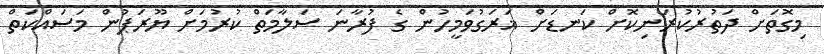
މިގޮތަށް ދަތުުރުކުރަނިކޮށް ކަނޑަށް ޣަރަގުވަމީހުން ގެ ފުރާނަ ސަލާމަތް ކުރުމަށް ޔޫރަޕުން މަސައްކަތް